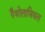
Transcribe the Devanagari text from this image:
पैथोलाजिकल